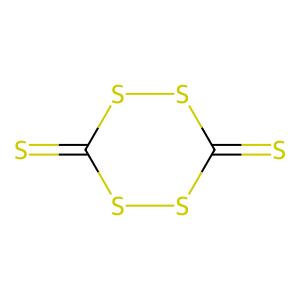
SMILES: S=C1SSC(=S)SS1
Inhibits HIV replication: No